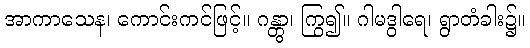
အာကာသေန၊ ကောင်းကင်ဖြင့်။ ဂန္တွာ၊ ကြွ၍။ ဂါမဒွါရေ၊ ရွာတံခါး၌။